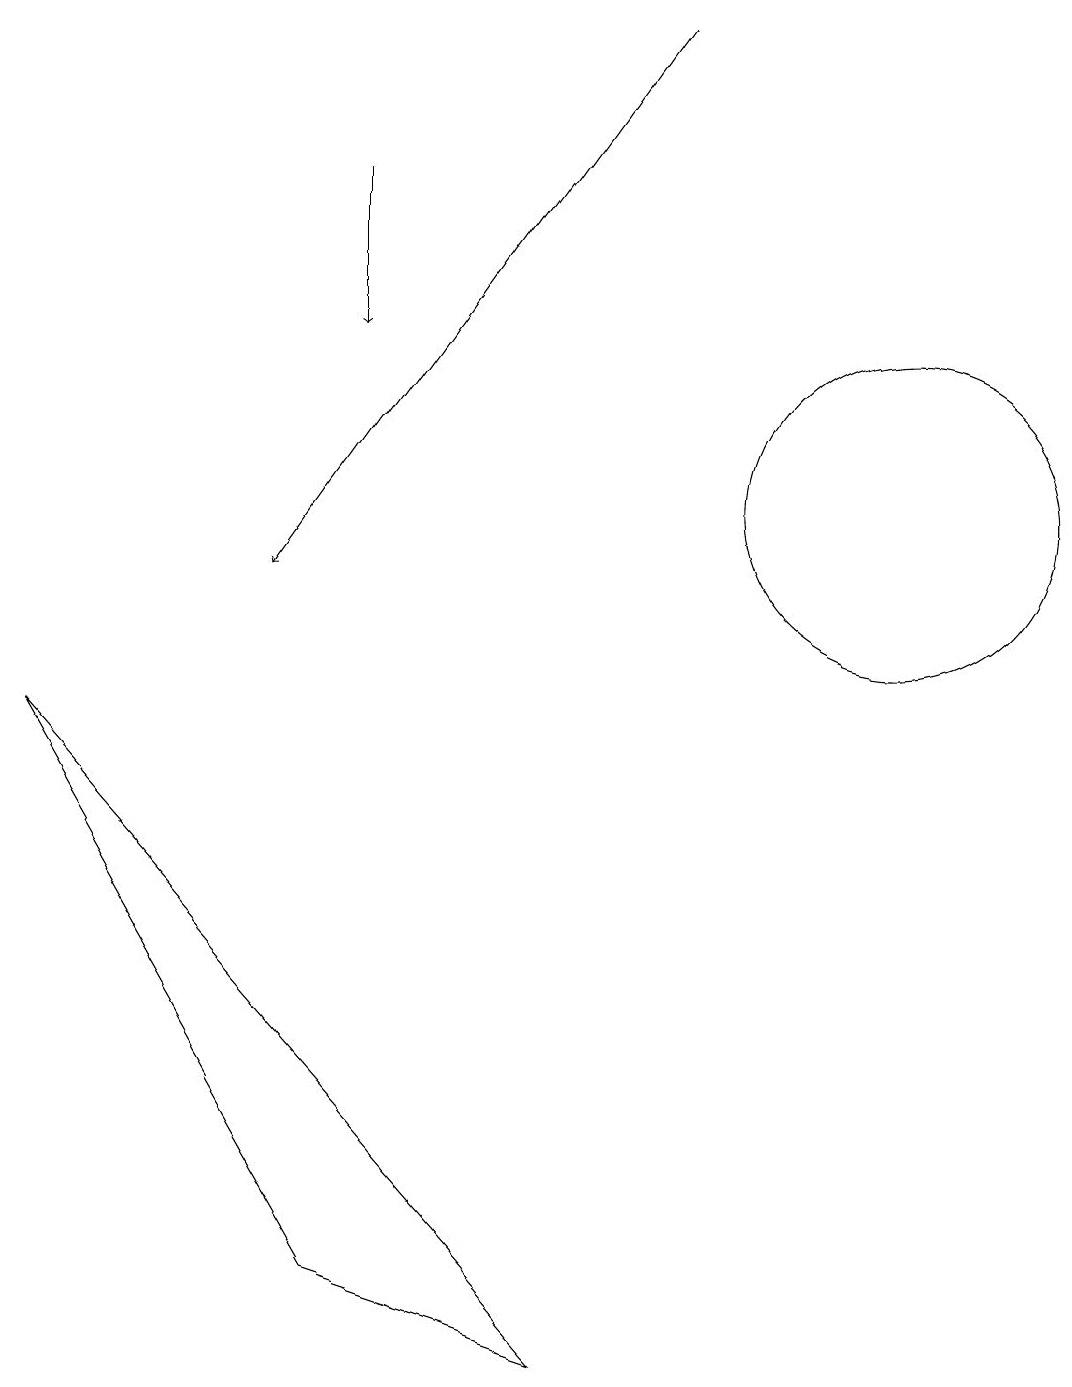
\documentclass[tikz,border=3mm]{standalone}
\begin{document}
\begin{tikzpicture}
\draw (11,11) circle (2);
\draw[->] (4,15) -- (4,13);
\draw (0,8) -- (4,1) -- (7,0) -- cycle;
\draw[->] (8,17) -- (3,10);
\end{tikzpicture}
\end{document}